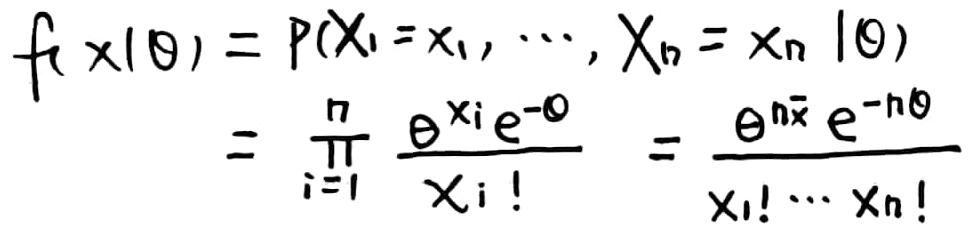
\[
\begin{align*}
f(x|\theta)&=P(X_1 = x_1, \cdots, X_n = x_n|\theta)\\
&=\prod_{i = 1}^{n}\frac{\theta^{x_i}e^{-\theta}}{x_i!}=\frac{\theta^{n\bar{x}}e^{-n\theta}}{x_1!\cdots x_n!}
\end{align*}
\]